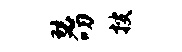
瑟叨搜